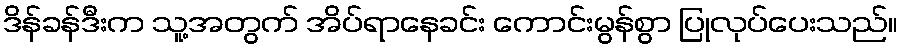
ဒိန်ခန်ဒီးက သူ့အတွက် အိပ်ရာနေခင်း ကောင်းမွန်စွာ ပြုလုပ်ပေးသည်။